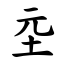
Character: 坖